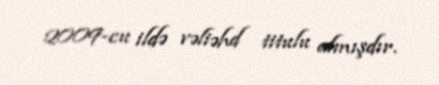
2009-cu ildə vəliəhd titulu almışdır.